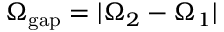
\Omega _ { \mathrm { { g a p } } } = | \Omega _ { 2 } - \Omega _ { 1 } |